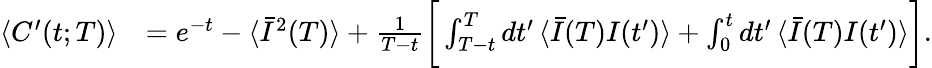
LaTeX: \begin{array}{rl}{\langle C^{\prime}(t;T)\rangle}&{=e^{-t}-\langle\bar{I}^{2}(T)\rangle+\frac{1}{T-t}\bigg[\int_{T-t}^{T}dt^{\prime}\, \langle\bar{I}(T)I(t^{\prime})\rangle+\int_{0}^{t}dt^{\prime}\, \langle\bar{I}(T)I(t^{\prime})\rangle\bigg].}\end{array}